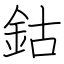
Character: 鈷